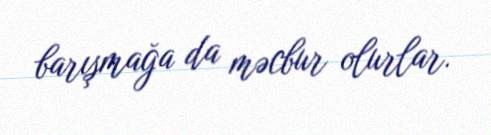
barışmağa da məcbur olurlar.